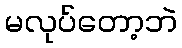
မလုပ်တော့ဘဲ